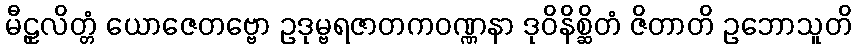
မီဠှလိတ္တံ ယောဇေတဗ္ဗော ဥဒုမ္ဗရဇာတကဝဏ္ဏနာ ဒုဝိနိစ္ဆိတံ ဇိတာတိ ဥဘောသူတိ